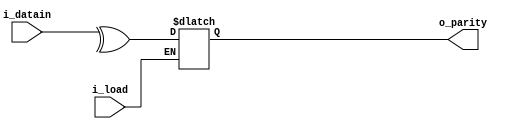

  module paritygen_tx(i_datain,i_load,o_parity);
     input [7:0] i_datain;
	 input i_load;
	 output reg o_parity;
	  
	 always@(i_load,i_datain)
        begin
		    if(i_load)
			   o_parity = ^ (i_datain) ; // reduction operation of XOR
        end    		  
  endmodule